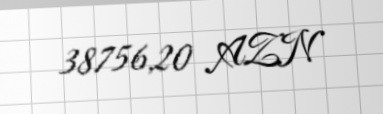
38756,20 AZN